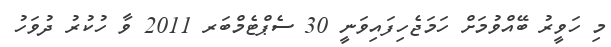
މި ހަވީރު ބޭއްވުމަށް ހަމަޖެހިފައިވަނީ 30 ސެޕްޓެމްބަރ 2011 ވާ ހުކުރު ދުވަހު